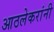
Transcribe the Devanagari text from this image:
आठलेकरांनी